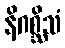
နိဂစ္ဆိသံ